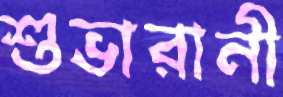
শুভারানী